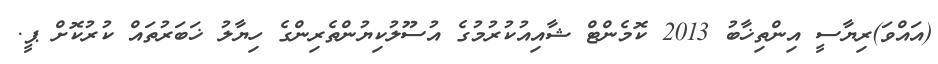
(އައްވަ)ރިޔާސީ އިންތިޚާބު 2013 ކޮމެންޓް ޝާއިއުކުރުމުގެ އުސޫލުކިޔުންތެރިންގެ ހިޔާލު ޚަބަރުތައް ކުރުކޮށް ޕީ.